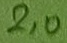
Text: 2,0